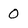
Character: o